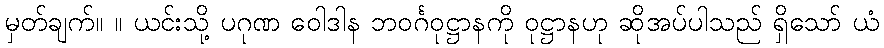
မှတ်ချက်။ ။ ယင်းသို့ ပဂုဏ ဝေါဒါန ဘဝင်္ဂဝုဋ္ဌာနကို ဝုဋ္ဌာနဟု ဆိုအပ်ပါသည် ရှိသော် ယံ